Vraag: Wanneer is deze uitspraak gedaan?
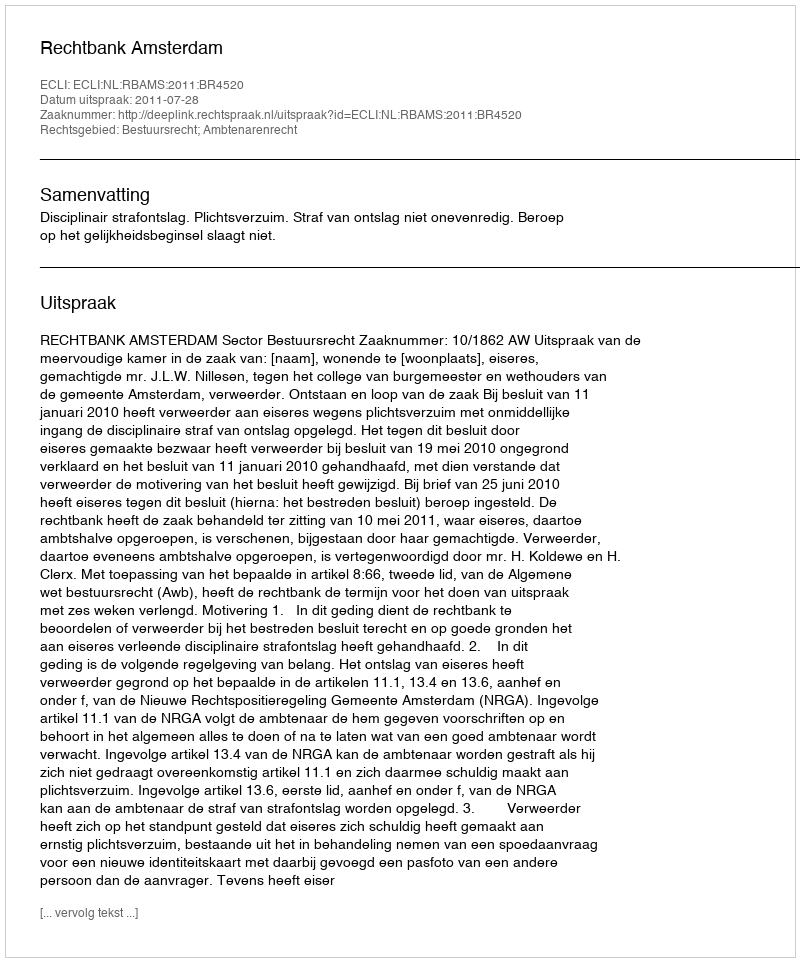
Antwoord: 2011-07-28